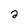
Character: 2